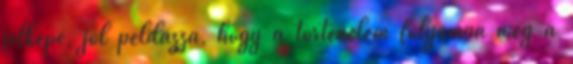
jelképe, jól példázza, hogy a történelem folyamán még a